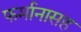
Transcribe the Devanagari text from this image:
फर्मानासह